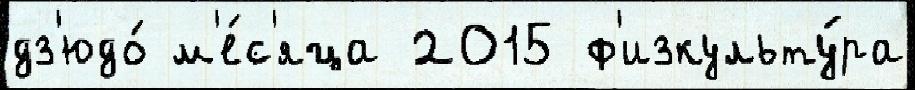
дз'юдо́ м'е́с'яца 2015 ф'изкульту́ра